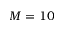
M = 1 0